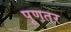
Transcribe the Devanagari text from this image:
पूणतर